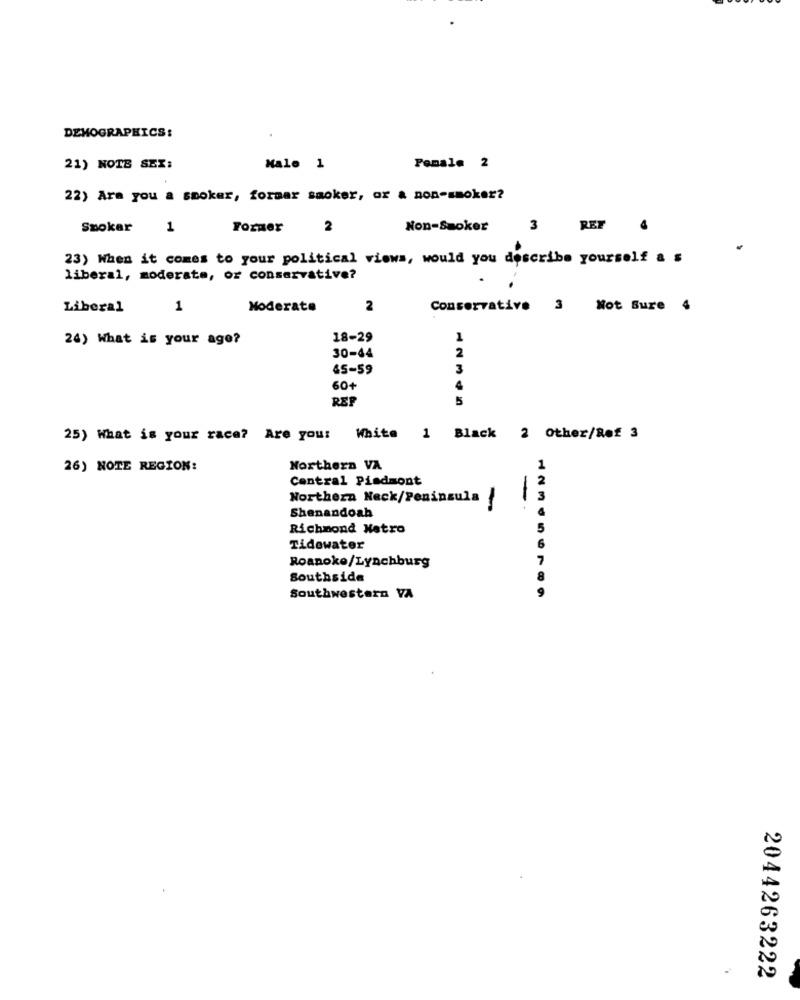
DEMOGRAPHICS:
21) NOTE SEX:
Male 1
Female 2
22) Arm you a smoker, formar saoker, or & non-smoker?
Smoker
1
Former 2
Non-Smoker
3
RET
23) When it comes to your political views, would you describe yourself as
liberal, moderate, or conservative?
Liberal
1
Moderate
2
Conservative 3 Not Sure 4
24) What is your age?
18-29
1
2
30-44
&5-59
3
60+
REF
5
25) What is your race? Are you: White 1 Black 2 Other/Ref 3
26) NOTE REGION:
Northern VA
1
Central Piedmont
2
Northern Neck/Peninsula
-
3
Shenandoah
Richmond Natro
5
Tidewater
6
7
Roanoke/Lynchburg
Southside
8
9
Southwestern VA
2044263222